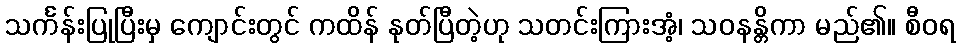
သင်္ကန်းပြုပြီးမှ ကျောင်းတွင် ကထိန် နုတ်ပြီတဲ့ဟု သတင်းကြားအံ့၊ သဝနန္တိကာ မည်၏။ စီဝရ